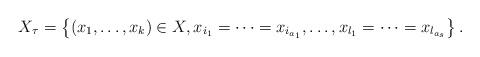
LaTeX: \begin{align*} X_{\tau}=\left\{(x_1,\dots,x_k)\in X, x_{i_1}=\cdots=x_{i_{a_1}},\ldots, x_{l_1}=\cdots=x_{l_{a_s}} \right\}.\end{align*}